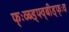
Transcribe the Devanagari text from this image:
फ्ःव्ब्ड्फ्व्बीड्फ्ःव